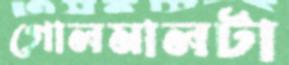
গোলমালটা